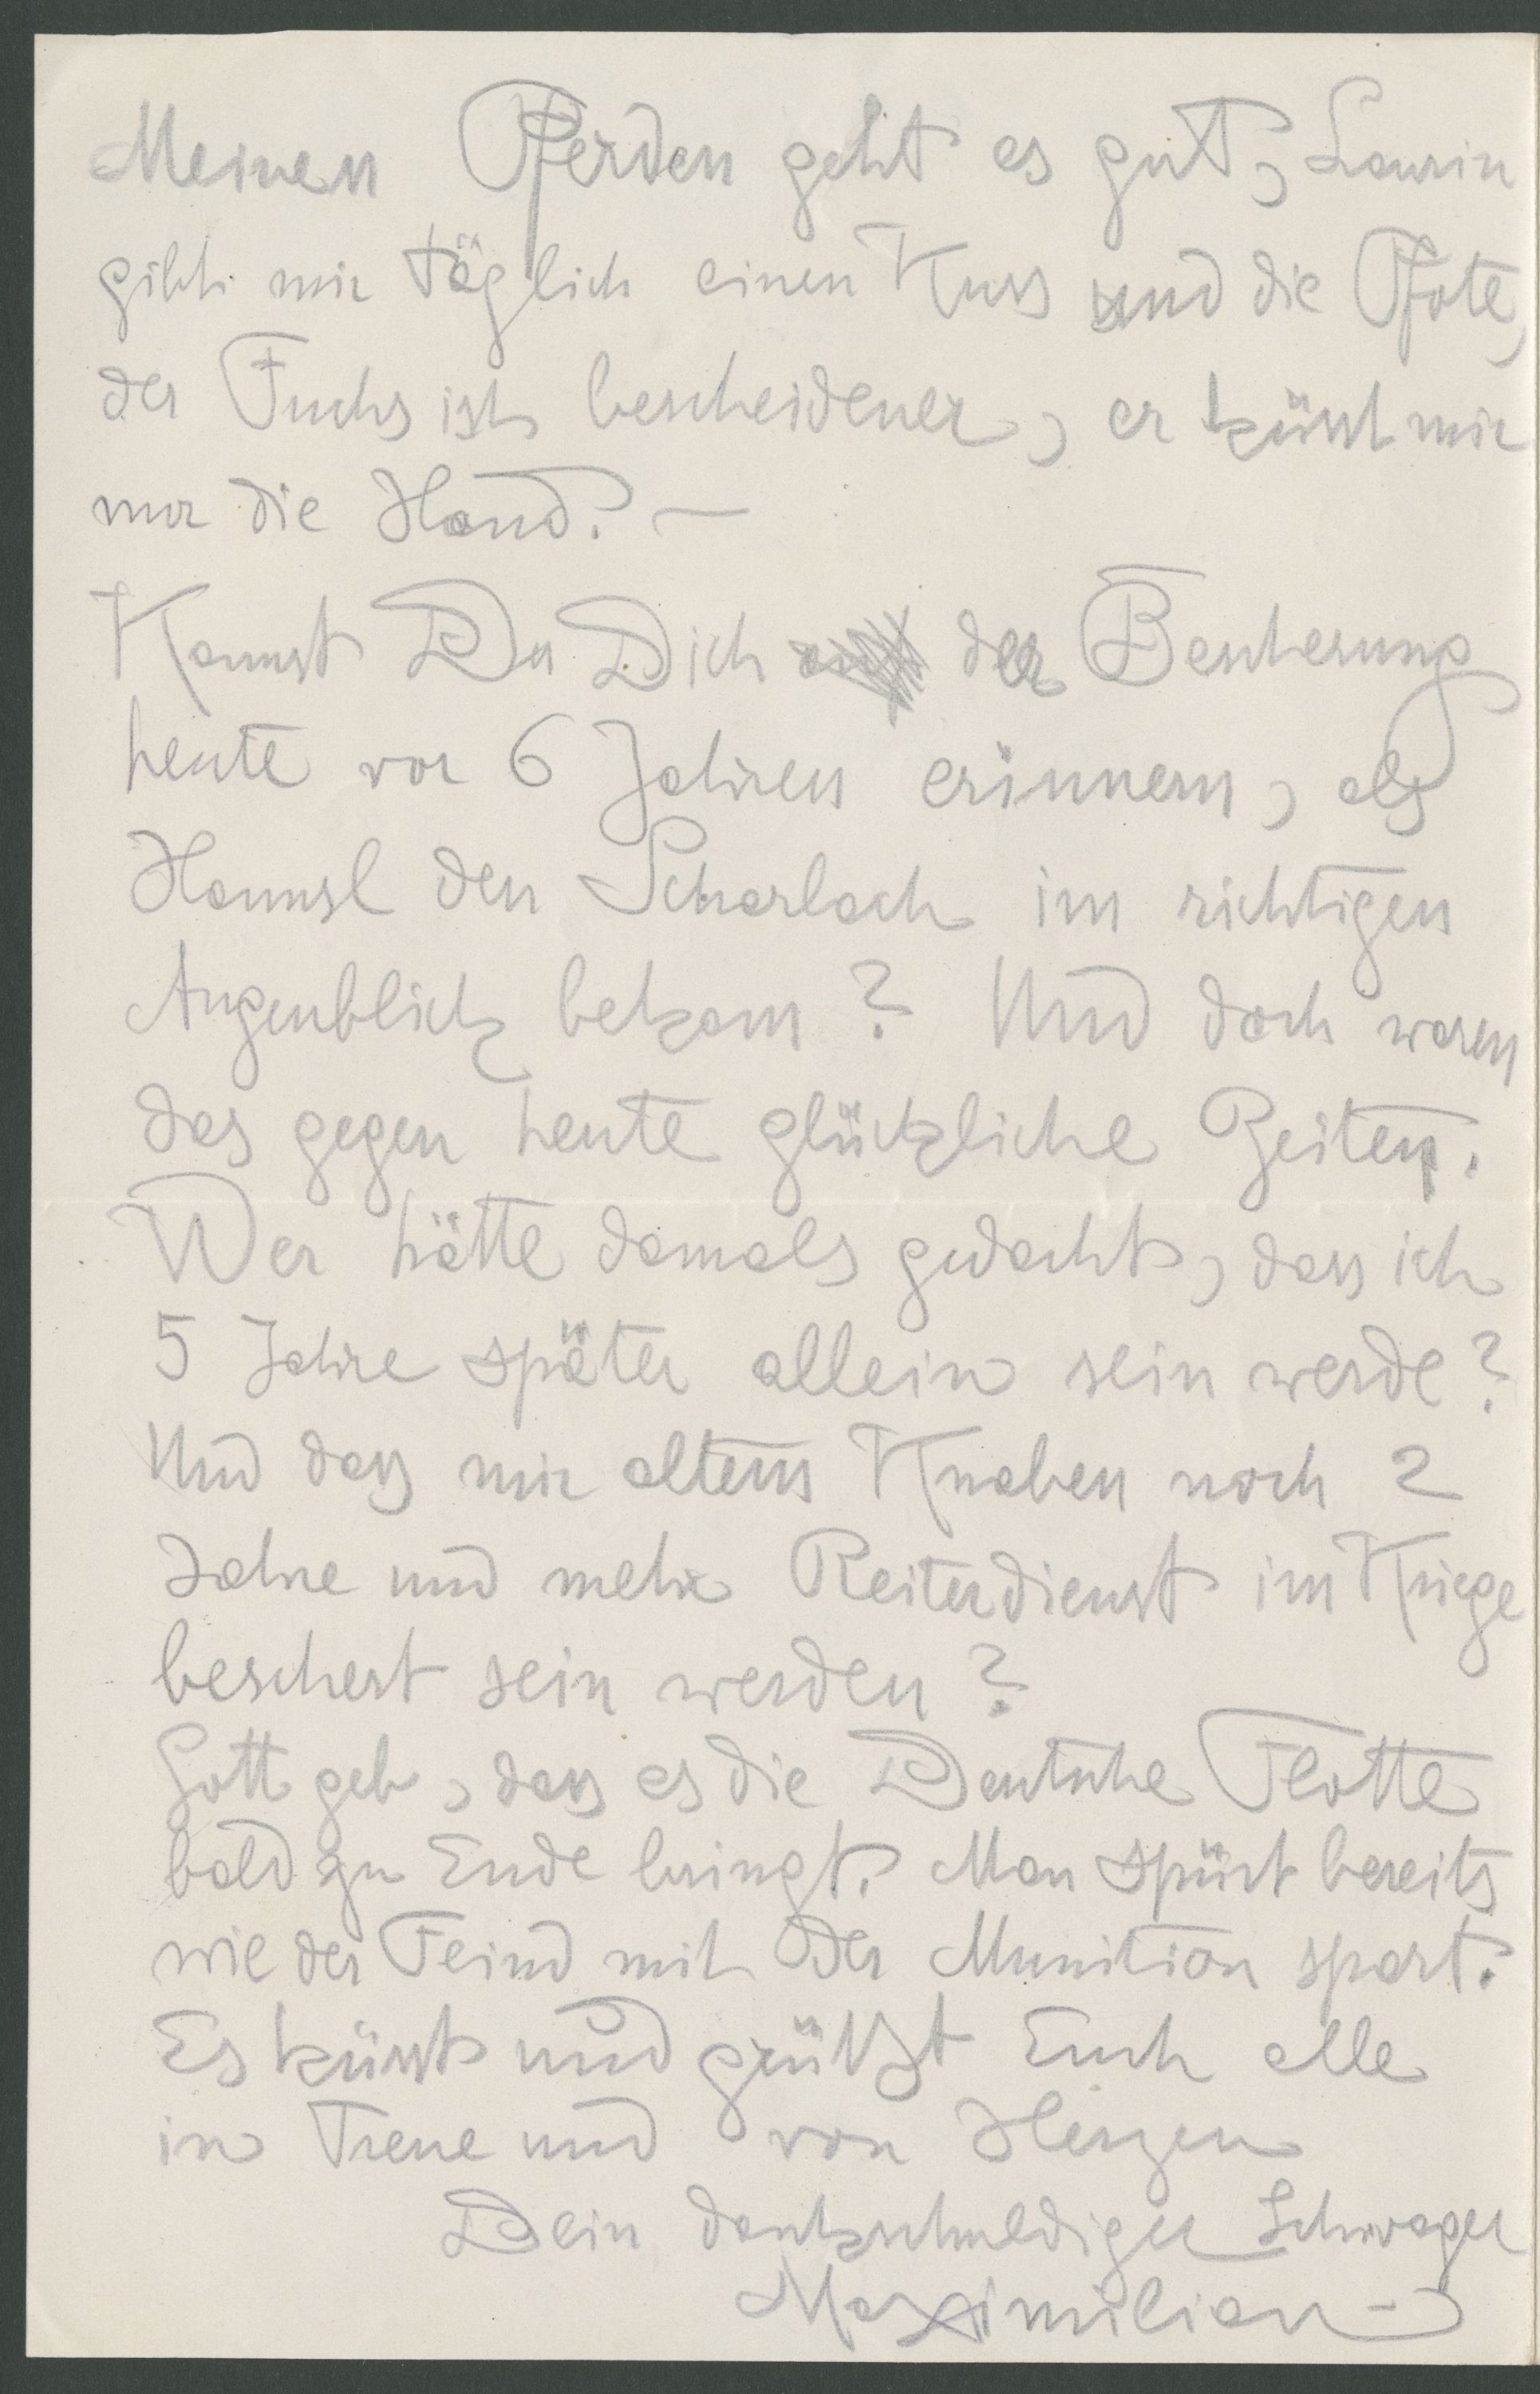
Meinen Pferden geht es gut, Laurin
gibt mir täglich einen Kuss und die Pfote,
der Fuchs ist bescheidener, er küsst mir
nur die Hand.
Kannst Du Dich der Bescherung
heute vor 6 Jahren erinnern, als
Hansl den Schralach im richtigen
Augenblick bekam? Und doch waren
das gegen heute glückliche Zeiten.
Wer hätte damals gedacht, dass ich
5 Jahre später allein sein werde?
Und dass mir altem Knaben noch 2
Jahre und mehr Reiterdienst im Kriege
beschert sein werden?
Gott geb, dass es die Deutsche Flotte
bald zu Ende bringt. Man spürt bereits
wie der Feind mmit der Munition spart.
Es küsst und grüßt Euch alle
in Treue und von Herzen
Dein dankschuldiger Schwager
Maximilian